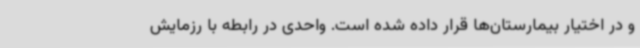
و در اختیار بیمارستان‌ها قرار داده شده است. واحدی در رابطه با رزمایش